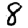
Digit: 8